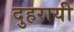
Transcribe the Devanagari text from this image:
दुहरायी